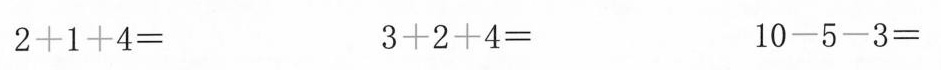
2+1+4= 3+2+4= 10-5-3=